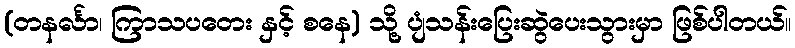
(တနင်္လာ၊ ကြာသပတေး နှင့် စနေ) သို့ ပျံသန်းပြေးဆွဲပေးသွားမှာ ဖြစ်ပါတယ်။